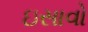
ઇસાવો